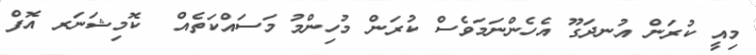
މިއީ ކުރަން އުނދަގޫ އެހެންނަމަވެސް ކުރަން މުހިންމު މަސައްކަތެއް  ކޮމިޝަނަރ އޮފް